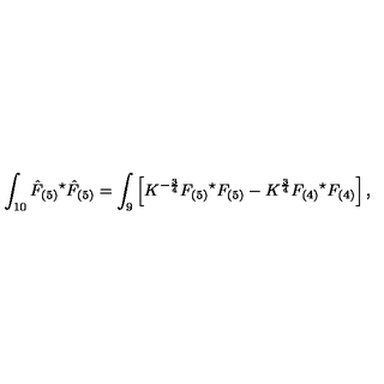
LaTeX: \int _ { 1 0 } \hat { F } _ { ( 5 ) } { } ^ { \star } \hat { F } _ { ( 5 ) } = \int _ { 9 } \left[ K ^ { - \frac { 3 } { 4 } } F _ { ( 5 ) } { } ^ { \star } F _ { ( 5 ) } - K ^ { \frac { 3 } { 4 } } F _ { ( 4 ) } { } ^ { \star } F _ { ( 4 ) } \right] ,